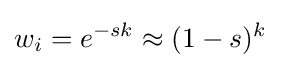
w_{i}=e^{-sk}\approx (1-s)^{k}